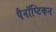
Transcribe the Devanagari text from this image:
पैनॉप्टिकन